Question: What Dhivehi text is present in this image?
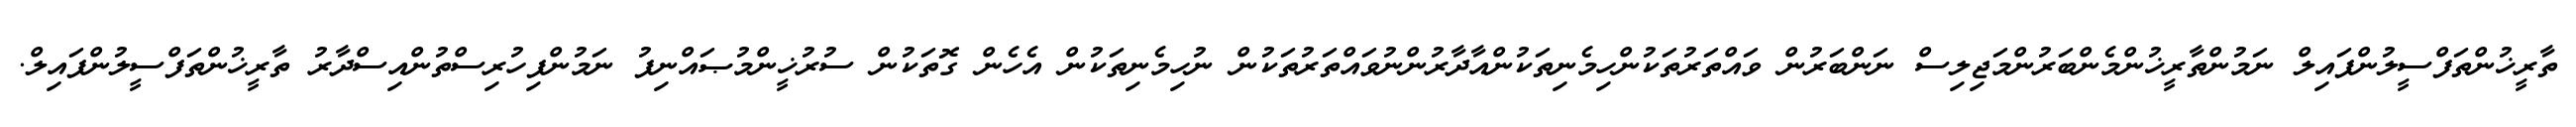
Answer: ތާރީޚުންތަފްސީލުންފައިލް ނަމުންތާރީޚުންމެންބަރުންމަޖިލިސް ނަންބަރުން ވައްތަރުތަކުންހިމެނިތަކުންއާދާރުންނުވައްތަރުތަކުން ނުހިމެނިތަކުން އެހެން ގޮތަކުން ސުރުޚީންމުޞައްނިފު ނަމުންފިހުރިސްތުންއިސްދާރު ތާރީޚުންތަފްސީލުންފައިލް.